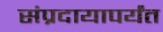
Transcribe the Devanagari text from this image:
संप्रदायापर्यंत